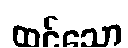
ထင်သော